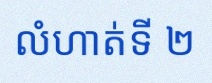
លំហាត់ទី ២